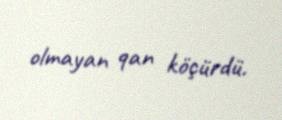
olmayan qan köçürdü.